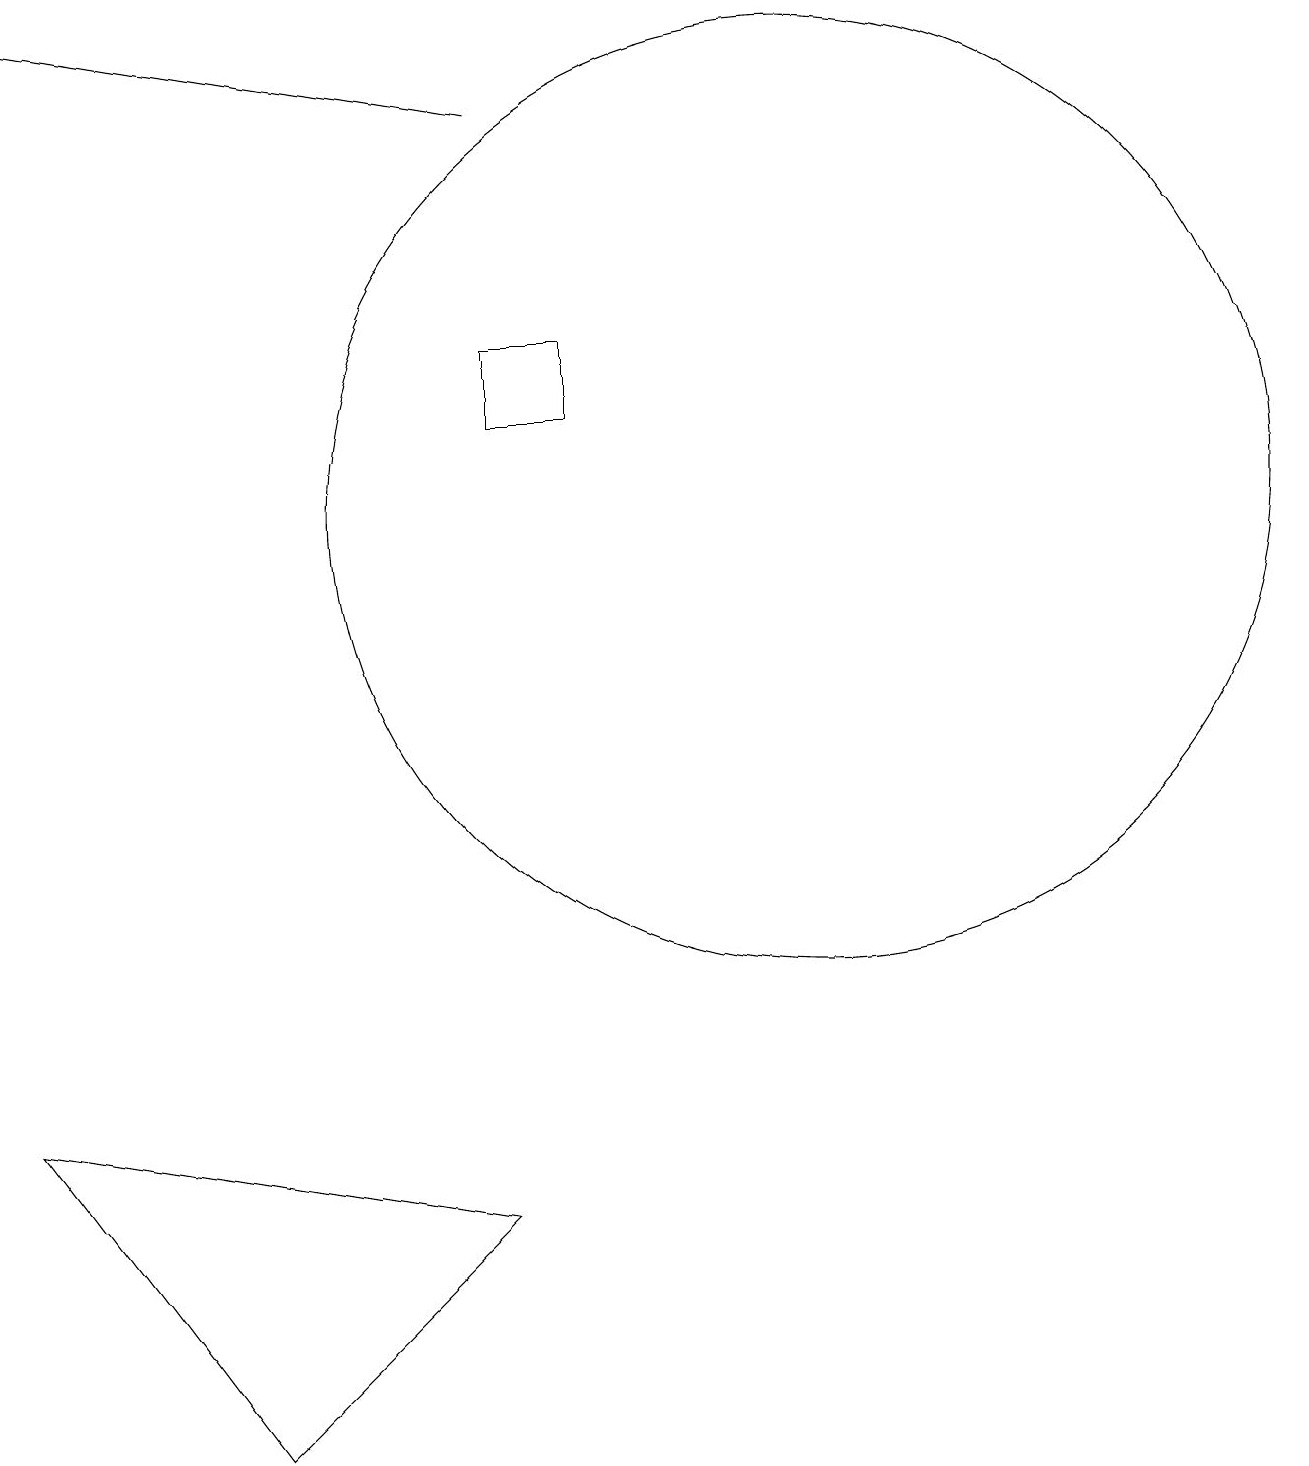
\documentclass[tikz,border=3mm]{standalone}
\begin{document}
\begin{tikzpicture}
\draw (6,13) rectangle (7,14);
\draw (10,12) circle (6);
\draw[->] (6,17) -- (0,18);
\draw (6,3) -- (3,0) -- (0,4) -- cycle;
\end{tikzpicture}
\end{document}